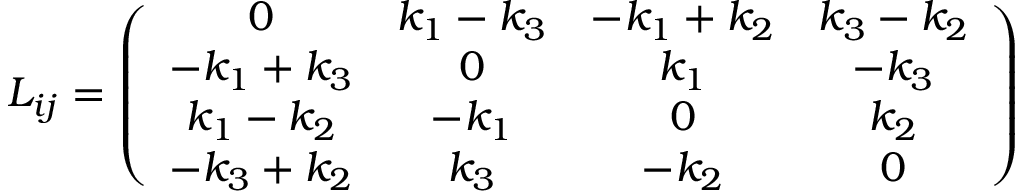
L _ { i j } = \left( \begin{array} { c c c c } { { 0 } } & { { k _ { 1 } - k _ { 3 } } } & { { - k _ { 1 } + k _ { 2 } } } & { { k _ { 3 } - k _ { 2 } } } \\ { { - k _ { 1 } + k _ { 3 } } } & { { 0 } } & { { k _ { 1 } } } & { { - k _ { 3 } } } \\ { { k _ { 1 } - k _ { 2 } } } & { { - k _ { 1 } } } & { { 0 } } & { { k _ { 2 } } } \\ { { - k _ { 3 } + k _ { 2 } } } & { { k _ { 3 } } } & { { - k _ { 2 } } } & { { 0 } } \end{array} \right)